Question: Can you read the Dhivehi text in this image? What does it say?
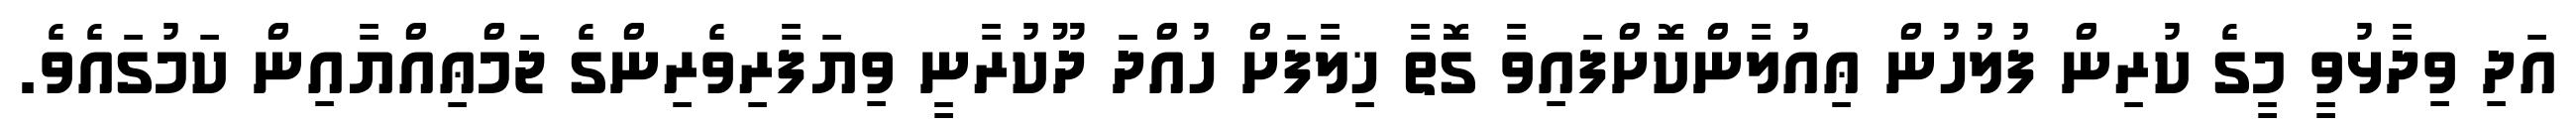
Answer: އަދި ވިދާޅުވީ މީގެ ކުރިން ފުލުހުން ޢިއުލާންކޮށްފައިވާ ގޮތާ ޚިލާފަށް ހުއްދަ ދޫކުރާނީ ވިޔަފާރިވެރިންގެ ޖަމްޢިއްޔާއިން ކަމުގައެވެ.